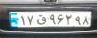
۱۷ق۹۶۲۹۸